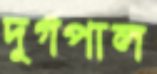
দুর্গপাল